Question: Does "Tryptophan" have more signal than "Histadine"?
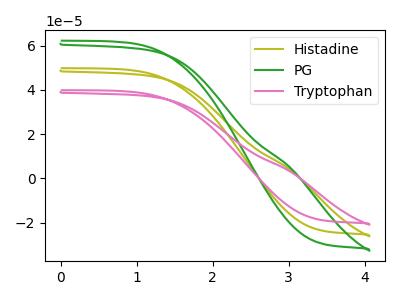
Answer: <think>The olive curve "Histadine" has no peaks. The green curve "PG" has no peaks. The pink curve "Tryptophan" has no peaks.
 Neither "Tryptophan" or "Histadine" have any peaks.</think>
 <answer>I cant tell if "Tryptophan" or "Histadine" has more signal.</answer>
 <eval>mixed_signal</eval>